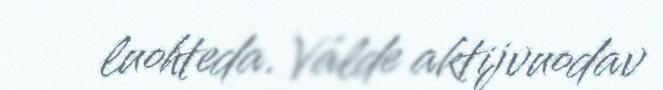
luohteda. Válde aktijvuodav